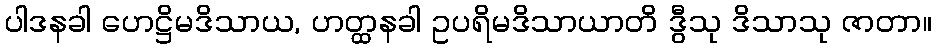
ပါဒနခါ ဟေဋ္ဌိမဒိသာယ, ဟတ္ထနခါ ဥပရိမဒိသာယာတိ ဒွီသု ဒိသာသု ဇာတာ။